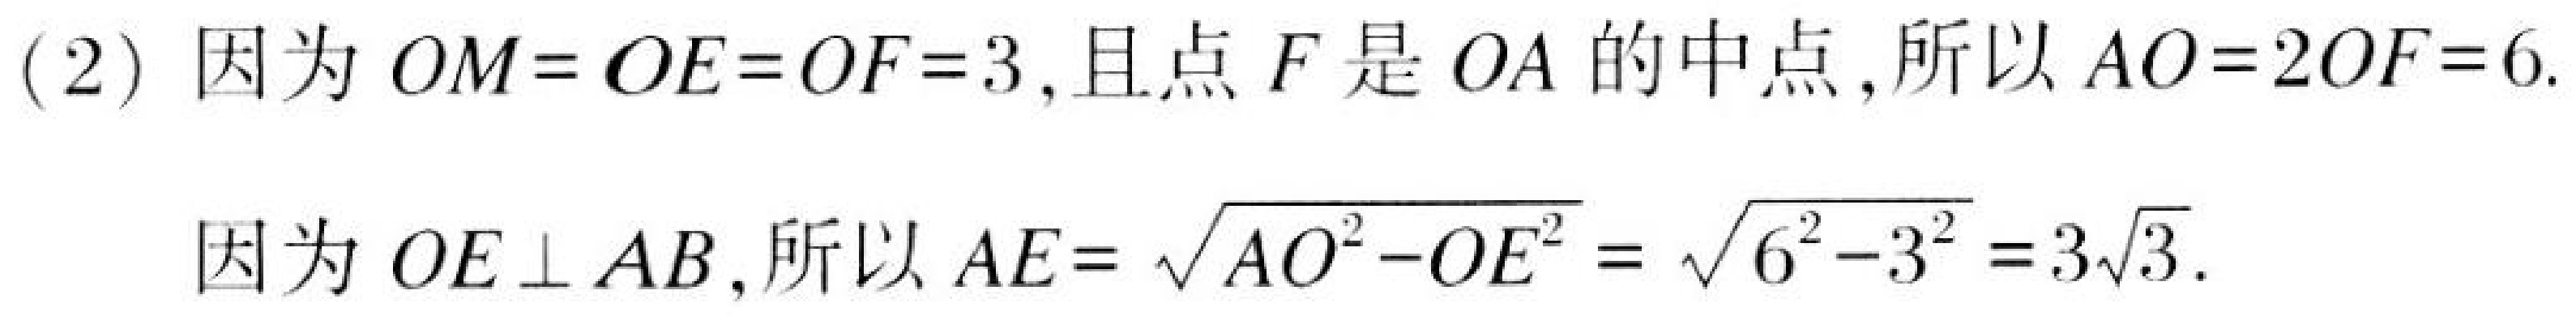
(2) 因为 \(OM = OE=OF = 3\), 且点 \(F\) 是 \(OA\) 的中点, 所以 \(AO = 2OF=6\).
因为 \(OE\perp AB\), 所以 \(AE=\sqrt{AO^{2}-OE^{2}}=\sqrt{6^{2}-3^{2}} = 3\sqrt{3}\).